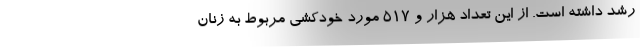
رشد داشته است. از این تعداد هزار و ۵۱۷ مورد خودکشی‌ مربوط به زنان